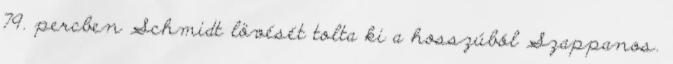
79. percben Schmidt lövését tolta ki a hosszúból Szappanos.